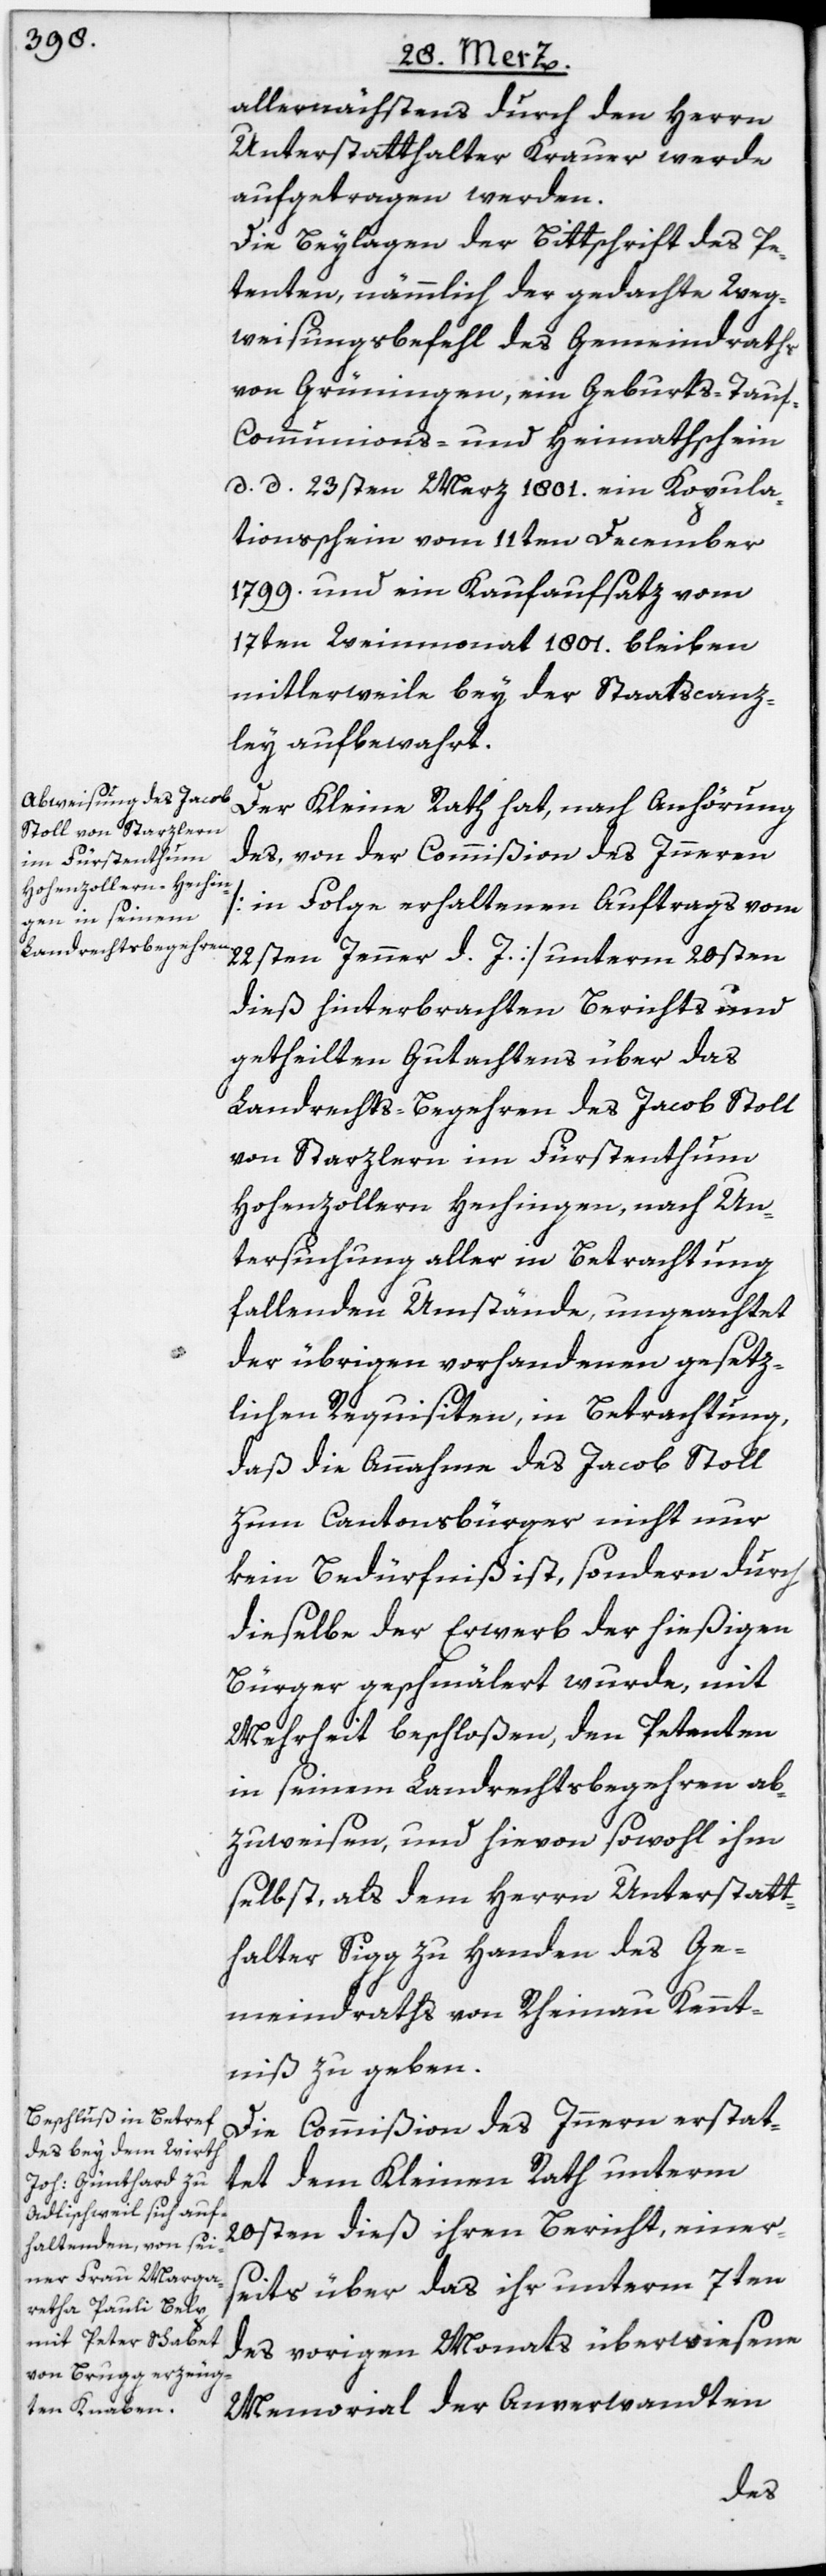
allernächstens durch den Herrn
Unterstatthalter Krauer werde
aufgetragen werden.
Die Beylagen der Bittschrift des Pe¬
tenten, nämmlich der gedachte Weg¬
weisungsbefehl des Gemeindraths
von Grüningen, ein Geburts-[,] Tauf-[,]
Communions- und Heimathschein
d. d. 23sten Merz 1801.[,] ein Kopula¬
tionsschein vom 11ten December
1799. und ein Kaufaufsatz vom
17ten Weinmonat 1801. bleiben
mitlerweile bey der Staatscanz¬
ley aufbewahrt.
Der Kleine Rath hat, nach Anhörung
des, von der Commißion des Inneren
[in Folge erhaltenen Auftrags vom
22sten Jenner d. J.] unterm 20sten
dieß hinterbrachten Berichts und
getheilten Gutachtens über das
Landrechts-Begehren des Jacob Stoll
von Starzlern im Fürstenthum
Hohenzollern Hechingen, nach Un¬
tersuchung aller in Betrachtung
fallenden Umstände, ungeachtet
der übrigen vorhandenen gesetz¬
lichen Requisiten, in Betrachtung,
daß die Annahme des Jacob Stoll
zum Cantonsbürger nicht nur
kein Bedürfniß ist, sondern durch
dieselbe der Erwerb der hießigen
Bürger geschmälert wurde, mit
Mehrheit beschloßen, den Petenten
in seinem Landrechtsbegehren ab¬
zuweisen, und hievon sowohl ihm
selbst, als dem Herrn Unterstatt¬
halter Sigg zu Handen des Ge¬
meindraths von Rheinau Kennt¬
niß zu geben.
Die Commißion des Innern erstat¬
tet dem Kleinen Rath unterm
20sten dieß ihren Bericht, einers¬
eits über das ihr unterm 7ten
des vorigen Monats überwiesene
Memorial der Anverwandten